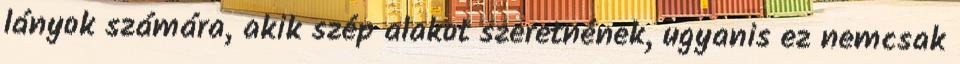
lányok számára, akik szép alakot szeretnének, ugyanis ez nemcsak